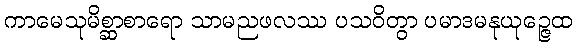
ကာမေသုမိစ္ဆာစာရော သာမညဖလဿ ပသဝိတွာ ပမာဒမနုယုဉ္ဇေထ